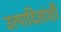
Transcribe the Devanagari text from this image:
उत्पादितांशी